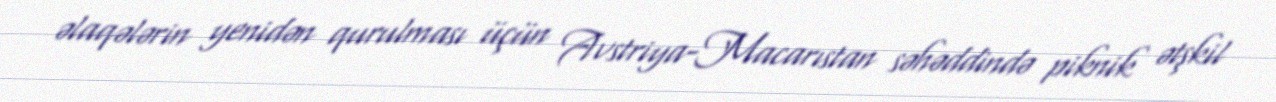
əlaqələrin yenidən qurulması üçün Avstriya-Macarıstan səhəddində piknik ətşkil